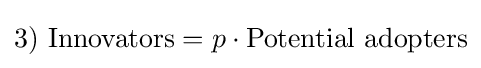
3)\ {\mbox{Innovators}}=p\cdot {\mbox{Potential adopters}}